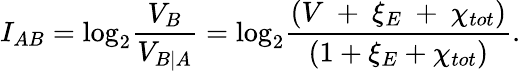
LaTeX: {{I}_{AB}}={{\log}_{2}}\frac{{{V}_{B}}}{{{V}_{\left.B\right|A}}}={{\log}_{2}}\frac{\left(V\mathrm{~+~}{{\xi}_{E}}\mathrm{~+~}{{\chi}_{tot}}\right)}{\left(1+{{\xi}_{E}}+{{\chi}_{tot}}\right)}.